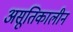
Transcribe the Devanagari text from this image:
असूतिकालीन